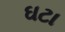
ઘટા